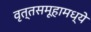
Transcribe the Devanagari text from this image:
वृत्तसमूहामध्ये